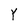
Character: Y